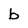
Character: b